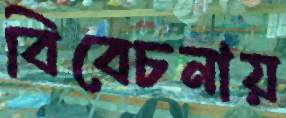
বিবেচনায়